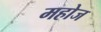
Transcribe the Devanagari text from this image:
महोज